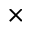
\times